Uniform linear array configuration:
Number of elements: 32
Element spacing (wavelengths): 0.25
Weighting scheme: blackman
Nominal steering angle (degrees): -45
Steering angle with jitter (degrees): -44.057
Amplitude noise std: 0.05
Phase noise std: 0.05

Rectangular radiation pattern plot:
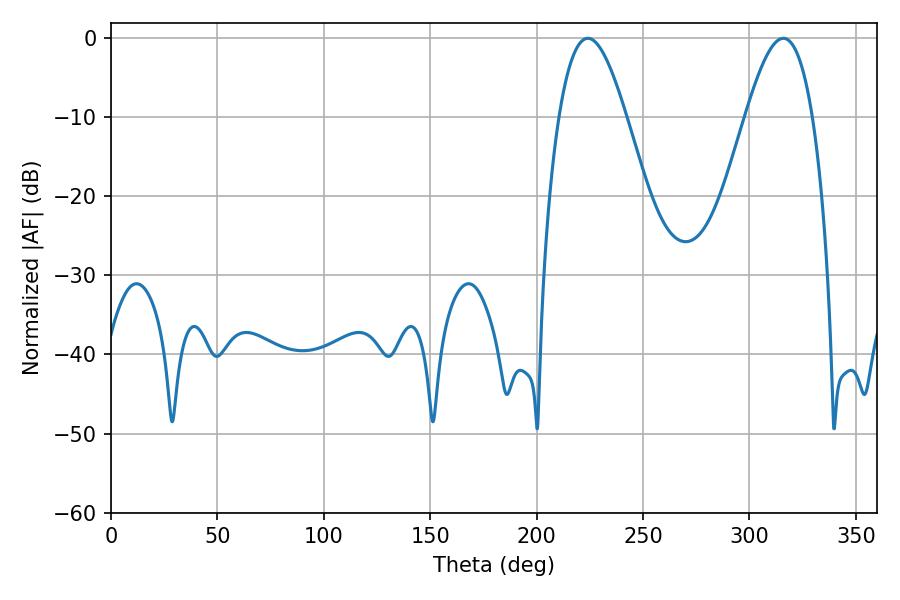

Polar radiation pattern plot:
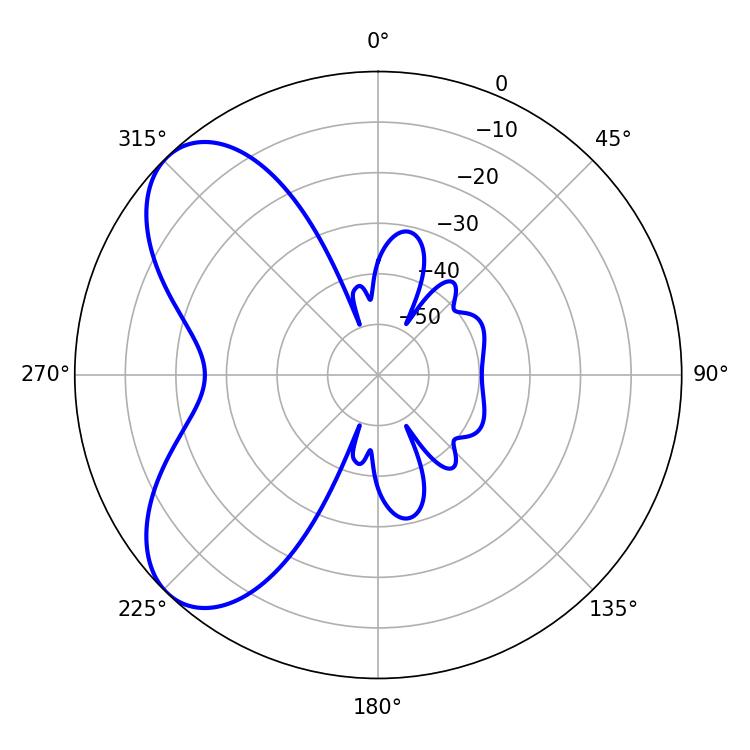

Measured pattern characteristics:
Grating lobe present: FALSE
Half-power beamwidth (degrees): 17.1
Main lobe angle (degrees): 224.1